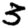
Digit: 3